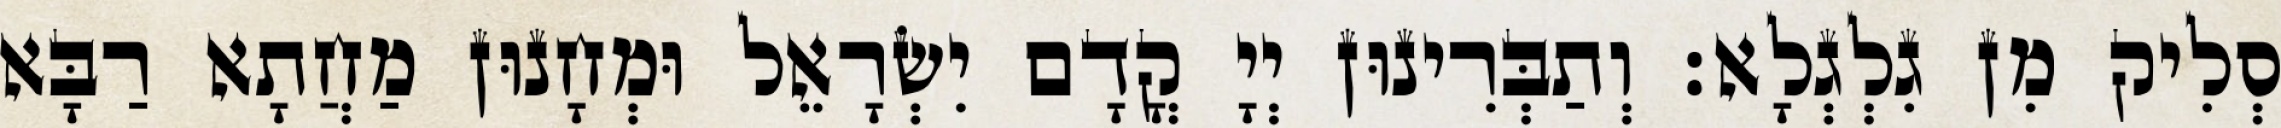
סְלִיק מִן גִלְגְלָא׃ וְתַבְּרִינוּן יְיָ קֳדָם יִשְׂרָאֵל וּמְחָנוּן מַחֲתָא רַבָּא